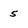
Character: 5